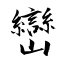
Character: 巒